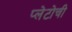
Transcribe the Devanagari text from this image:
प्लेटोची